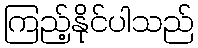
ကြည့်နိုင်ပါသည်